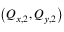
\left( Q _ { x , 2 } , Q _ { y , 2 } \right)